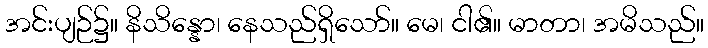
အင်းပျဉ်၌။ နိသိန္နော၊ နေသည်ရှိသော်။ မေ၊ ငါ၏။ မာတာ၊ အမိသည်။